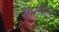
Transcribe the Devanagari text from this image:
शानिल